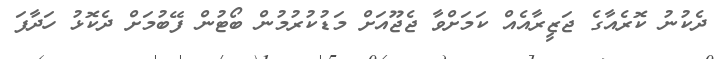
ދެކުނު ކޮރެއާގެ ޖަޒީރާއެއް ކަމަށްވާ ޖެޖޫއަށް މަޑުކުރުމުން ބޯޓުން ފޭބުމަށް ދެކޮޅު ހަދާފަ